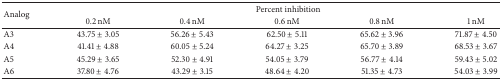
<table><thead><tr><td rowspan="2"><b>Analog</b></td><td colspan="5"><b>Percent inhibition</b></td></tr><tr><td><b>0.2 nM</b></td><td><b>0.4 nM</b></td><td><b>0.6 nM</b></td><td><b>0.8 nM</b></td><td><b>1 nM</b></td></tr></thead><tbody><tr><td>A3</td><td>43.75 ± 3.05</td><td>56.26 ± 5.43</td><td>62.50 ± 5.11</td><td>65.62 ± 3.96</td><td>71.87 ± 4.50</td></tr><tr><td>A4</td><td>41.41 ± 4.88 </td><td>60.05 ± 5.24</td><td>64.27 ± 3.25</td><td>65.70 ± 3.89</td><td>68.53 ± 3.67</td></tr><tr><td>A5</td><td>45.29 ± 3.65</td><td>52.30 ± 4.91</td><td>54.05 ± 3.79</td><td>56.77 ± 4.14</td><td>59.43 ± 5.02</td></tr><tr><td>A6</td><td>37.80 ± 4.76</td><td>43.29 ± 3.15</td><td>48.64 ± 4.20</td><td>51.35 ± 4.73</td><td>54.03 ± 3.99</td></tr></tbody></table>